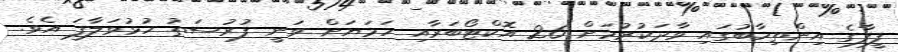
ފީފާގެ އިންތިހާބުގައި ވާދަކުރުމަށް 26 އޮކްޓޯބަރާއި ހަމަޔަށް ވަނީ ފުރުސަތު ހުޅުވަލާފަ އެވެ.